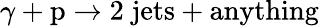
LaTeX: \gamma+\mathrm{p}\rightarrow\mathrm{2\; jets+anything}